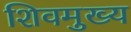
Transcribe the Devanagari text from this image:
शिवमुख्य